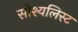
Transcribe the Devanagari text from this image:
सोश्यलिस्ट